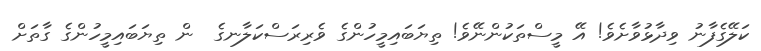
ކަލޭގެފާނު ވިދާޅުވާށެވެ! އޭ މީސްތަކުންނޭވެ! ތިޔަބައިމީހުންގެ ވެރިރަސްކަލާނގެ  ން ތިޔަބައިމީހުންގެ ގާތަށް